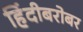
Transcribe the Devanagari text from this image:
हिंदीबरोबर